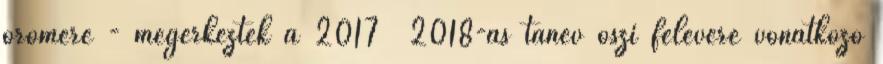
örömére - megérkeztek a 2017 2018-as tanév őszi félévére vonatkozó